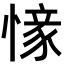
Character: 𢟰